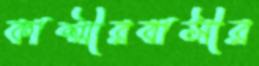
কাশ্মীরবাসীর